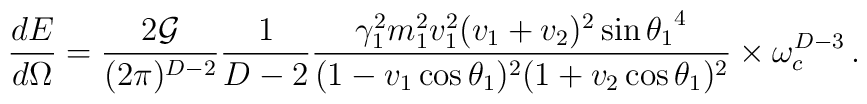
\frac{dE}{d\Omega}=\frac{2{\cal G}}{(2\pi)^{D-2}}\frac{1}{D-2}\frac{\gamma_{1}^2m_{1}^2v_{1}^2(v_1+v_2)^2\sin{\theta_1}^4}{(1-v_1\cos\theta_1)^2(1+v_2\cos\theta_1)^2}\times \omega_{c}^{D-3}\,.